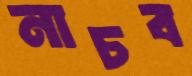
নাচব